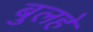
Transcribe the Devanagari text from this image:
बुलहे